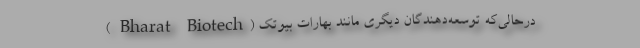
درحالی‌که توسعه‌دهندگان دیگری مانند بهارات بیوتک (Bharat Biotech )